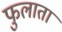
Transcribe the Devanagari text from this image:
फुलाता